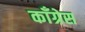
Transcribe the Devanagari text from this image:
काॅंग्रेस